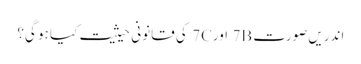
اندریں صورت 7B اور7C کی قانونی حیثیت کیا ہو گی؟